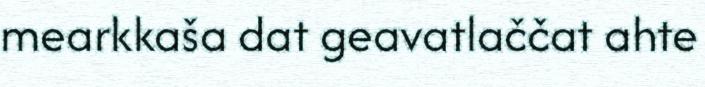
mearkkaša dat geavatlaččat ahte